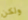
ولكن